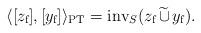
LaTeX: \begin{align*}\langle [z_{\textup f}],[y_{\textup f}]\rangle_{\textup{PT}} = \textup{inv}_S(z_\textup{f}\,\widetilde\cup\, y_\textup{f}).\end{align*}